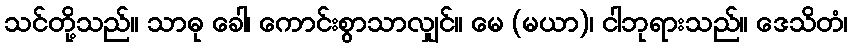
သင်တို့သည်။ သာဓု ခေါ၊ ကောင်းစွာသာလျှင်။ မေ (မယာ)၊ ငါဘုရားသည်။ ဒေသိတံ၊